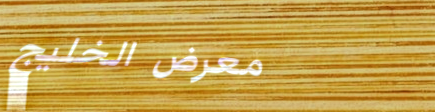
معرض الخليج